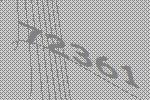
72361